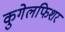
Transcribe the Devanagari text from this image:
कुगेलफिशर